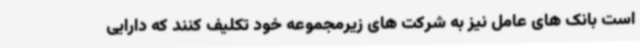
است بانک های عامل نیز به شرکت های زیرمجموعه خود تکلیف کنند که دارایی